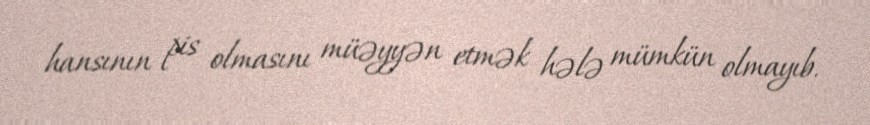
hansının pis olmasını müəyyən etmək hələ mümkün olmayıb.